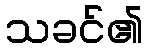
သခင်၏